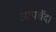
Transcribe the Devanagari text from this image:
आपचॅद।